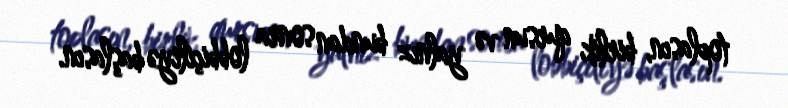
toplasın, birlik qursun və yalnız bundan sonra lobbiçiliyə başlasın.